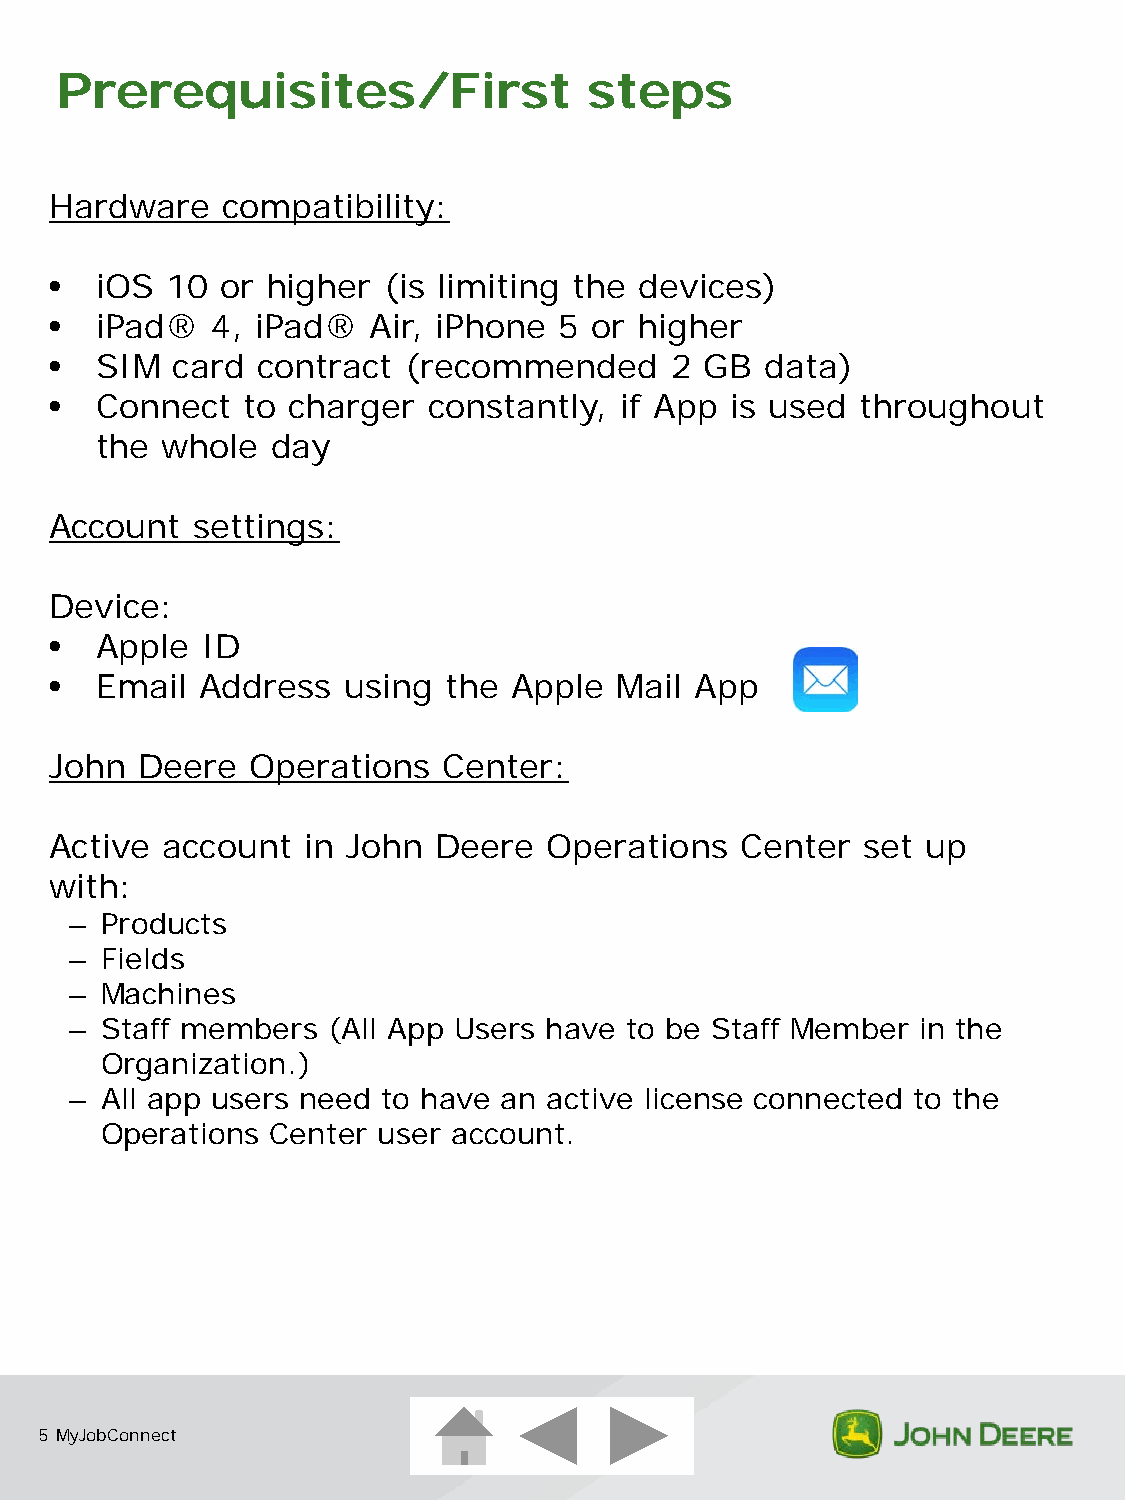
Prerequisites/First                steps
 Hardware    compatibility:
 •  iOS  10  or higher (is limiting the devices)
 •  iPad®   4, iPad®  Air, iPhone  5 or higher
 •  SIM  card  contract  (recommended     2  GB  data)
 •  Connect   to charger  constantly,  if App is used  throughout
 the  whole  day
 Account   settings:
 Device:
 •  Apple  ID
 •  Email  Address   using  the Apple  Mail App
 John  Deere  Operations   Center:
 Active  account  in John  Deere  Operations   Center  set up
 with:
 – Products
 – Fields
 – Machines
 – Staff members  (All App Users have to be Staff Member in the
 Organization.)
 – All app users need to have an active license connected to the
 Operations Center user account.
 5 MyJobConnect